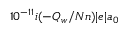
1 0 ^ { - 1 1 } i ( - Q _ { w } / N n ) | e | a _ { 0 }